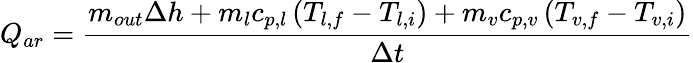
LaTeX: Q_{ar}=\frac{m_{out}\Delta h+m_{l}c_{p,l}\left(T_{l,f}-T_{l,i}\right)+m_{v}c_{p,v}\left(T_{v,f}-T_{v,i}\right)}{\Delta t}